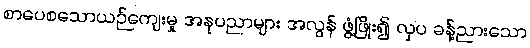
စာပေစသောယဉ်ကျေးမှု အနုပညာများ အလွန် ဖွံ့ဖြိုး၍ လှပ ခန့်ညားသော